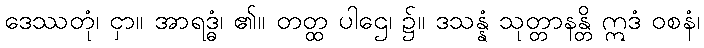
ဒေဿတုံ၊ ငှာ။ အာရဒ္ဓံ၊ ၏။ တတ္ထ ပါဌေ၊ ၌။ ဒသန္နံ သုတ္တာနန္တိ ဣဒံ ဝစနံ၊